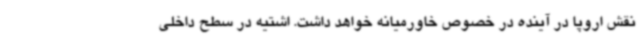
نقش اروپا در آینده در خصوص خاورمیانه خواهد داشت. اشتیه در سطح داخلی